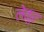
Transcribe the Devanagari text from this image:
लेकुर